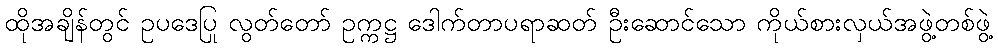
ထိုအချိန်တွင် ဥပဒေပြု လွတ်တော် ဥက္ကဋ္ဌ ဒေါက်တာပရာဆတ် ဦးဆောင်သော ကိုယ်စားလှယ်အဖွဲ့တစ်ဖွဲ့